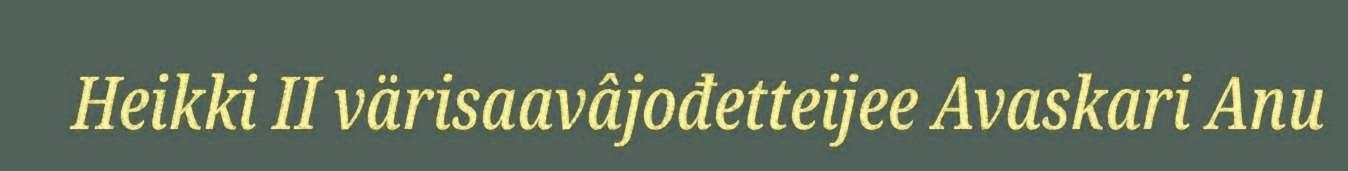
Heikki II värisaavâjođetteijee Avaskari Anu